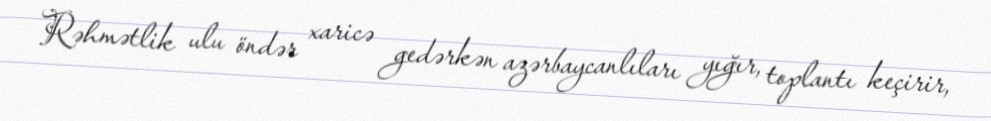
Rəhmətlik ulu öndər xaricə gedərkən azərbaycanlıları yığır, toplantı keçirir,